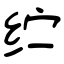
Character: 纻